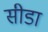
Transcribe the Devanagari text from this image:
सीडा